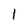
Character: 1